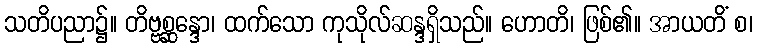
သတိပညာ၌။ တိဗ္ဗစ္ဆန္ဒော၊ ထက်သော ကုသိုလ်ဆန္ဒရှိသည်။ ဟောတိ၊ ဖြစ်၏။ အာယတိံ စ၊